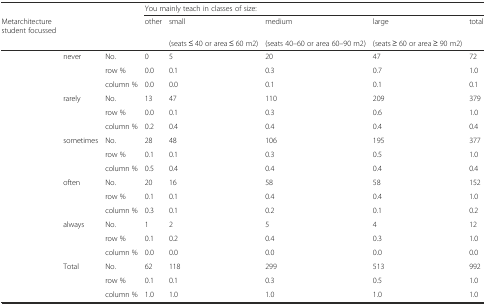
|  |  |  | <COLSPAN=5> You mainly teach in classes of size: |
 | Metarchitecture student focussed |  |  | other | small | medium | large | total |
 |  |  |  |  | (seats ≤ 40 or area ≤ 60 m2) | (seats 40–60 or area 60–90 m2) | (seats ≥ 60 or area ≥ 90 m2) |  |
 | --- | --- | --- | --- | --- | --- | --- | --- |
 |  | never | No. | 0 | 5 | 20 | 47 | 72 |
 |  |  | row % | 0.0 | 0.1 | 0.3 | 0.7 | 1.0 |
 |  |  | column % | 0.0 | 0.0 | 0.1 | 0.1 | 0.1 |
 |  | rarely | No. | 13 | 47 | 110 | 209 | 379 |
 |  |  | row % | 0.0 | 0.1 | 0.3 | 0.6 | 1.0 |
 |  |  | column % | 0.2 | 0.4 | 0.4 | 0.4 | 0.4 |
 |  | sometimes | No. | 28 | 48 | 106 | 195 | 377 |
 |  |  | row % | 0.1 | 0.1 | 0.3 | 0.5 | 1.0 |
 |  |  | column % | 0.5 | 0.4 | 0.4 | 0.4 | 0.4 |
 |  | often | No. | 20 | 16 | 58 | 58 | 152 |
 |  |  | row % | 0.1 | 0.1 | 0.4 | 0.4 | 1.0 |
 |  |  | column % | 0.3 | 0.1 | 0.2 | 0.1 | 0.2 |
 |  | always | No. | 1 | 2 | 5 | 4 | 12 |
 |  |  | row % | 0.1 | 0.2 | 0.4 | 0.3 | 1.0 |
 |  |  | column % | 0.0 | 0.0 | 0.0 | 0.0 | 0.0 |
 |  | Total | No. | 62 | 118 | 299 | 513 | 992 |
 |  |  | row % | 0.1 | 0.1 | 0.3 | 0.5 | 1.0 |
 |  |  | column % | 1.0 | 1.0 | 1.0 | 1.0 | 1.0 |